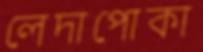
লেদাপোকা